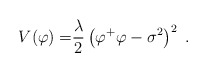
\begin{align*}V{(\varphi )=}\frac{\lambda }{2}\left( \varphi ^{+}\varphi -\sigma^{2}\right) ^{2}\;. \end{align*}